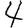
Digit: 4